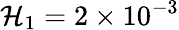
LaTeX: \mathcal{H}_{1}=2\times10^{-3}